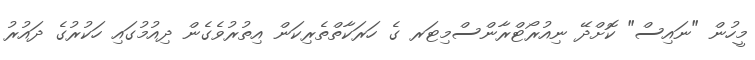
މީހުން "ނައިސް" ކޮށްދޭ ނިއުރޯޓްރާންސްމިޓަރ ގެ ހަރަކާތްތެރިކަން އިތުރުވެގެން ދިއުމުގައި ހަކުރުގެ ދައުރު